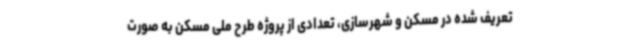
تعریف شده در مسکن و شهرسازی، تعدادی از پروژه طرح ملی مسکن به صورت